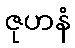
ဇုဟနံ